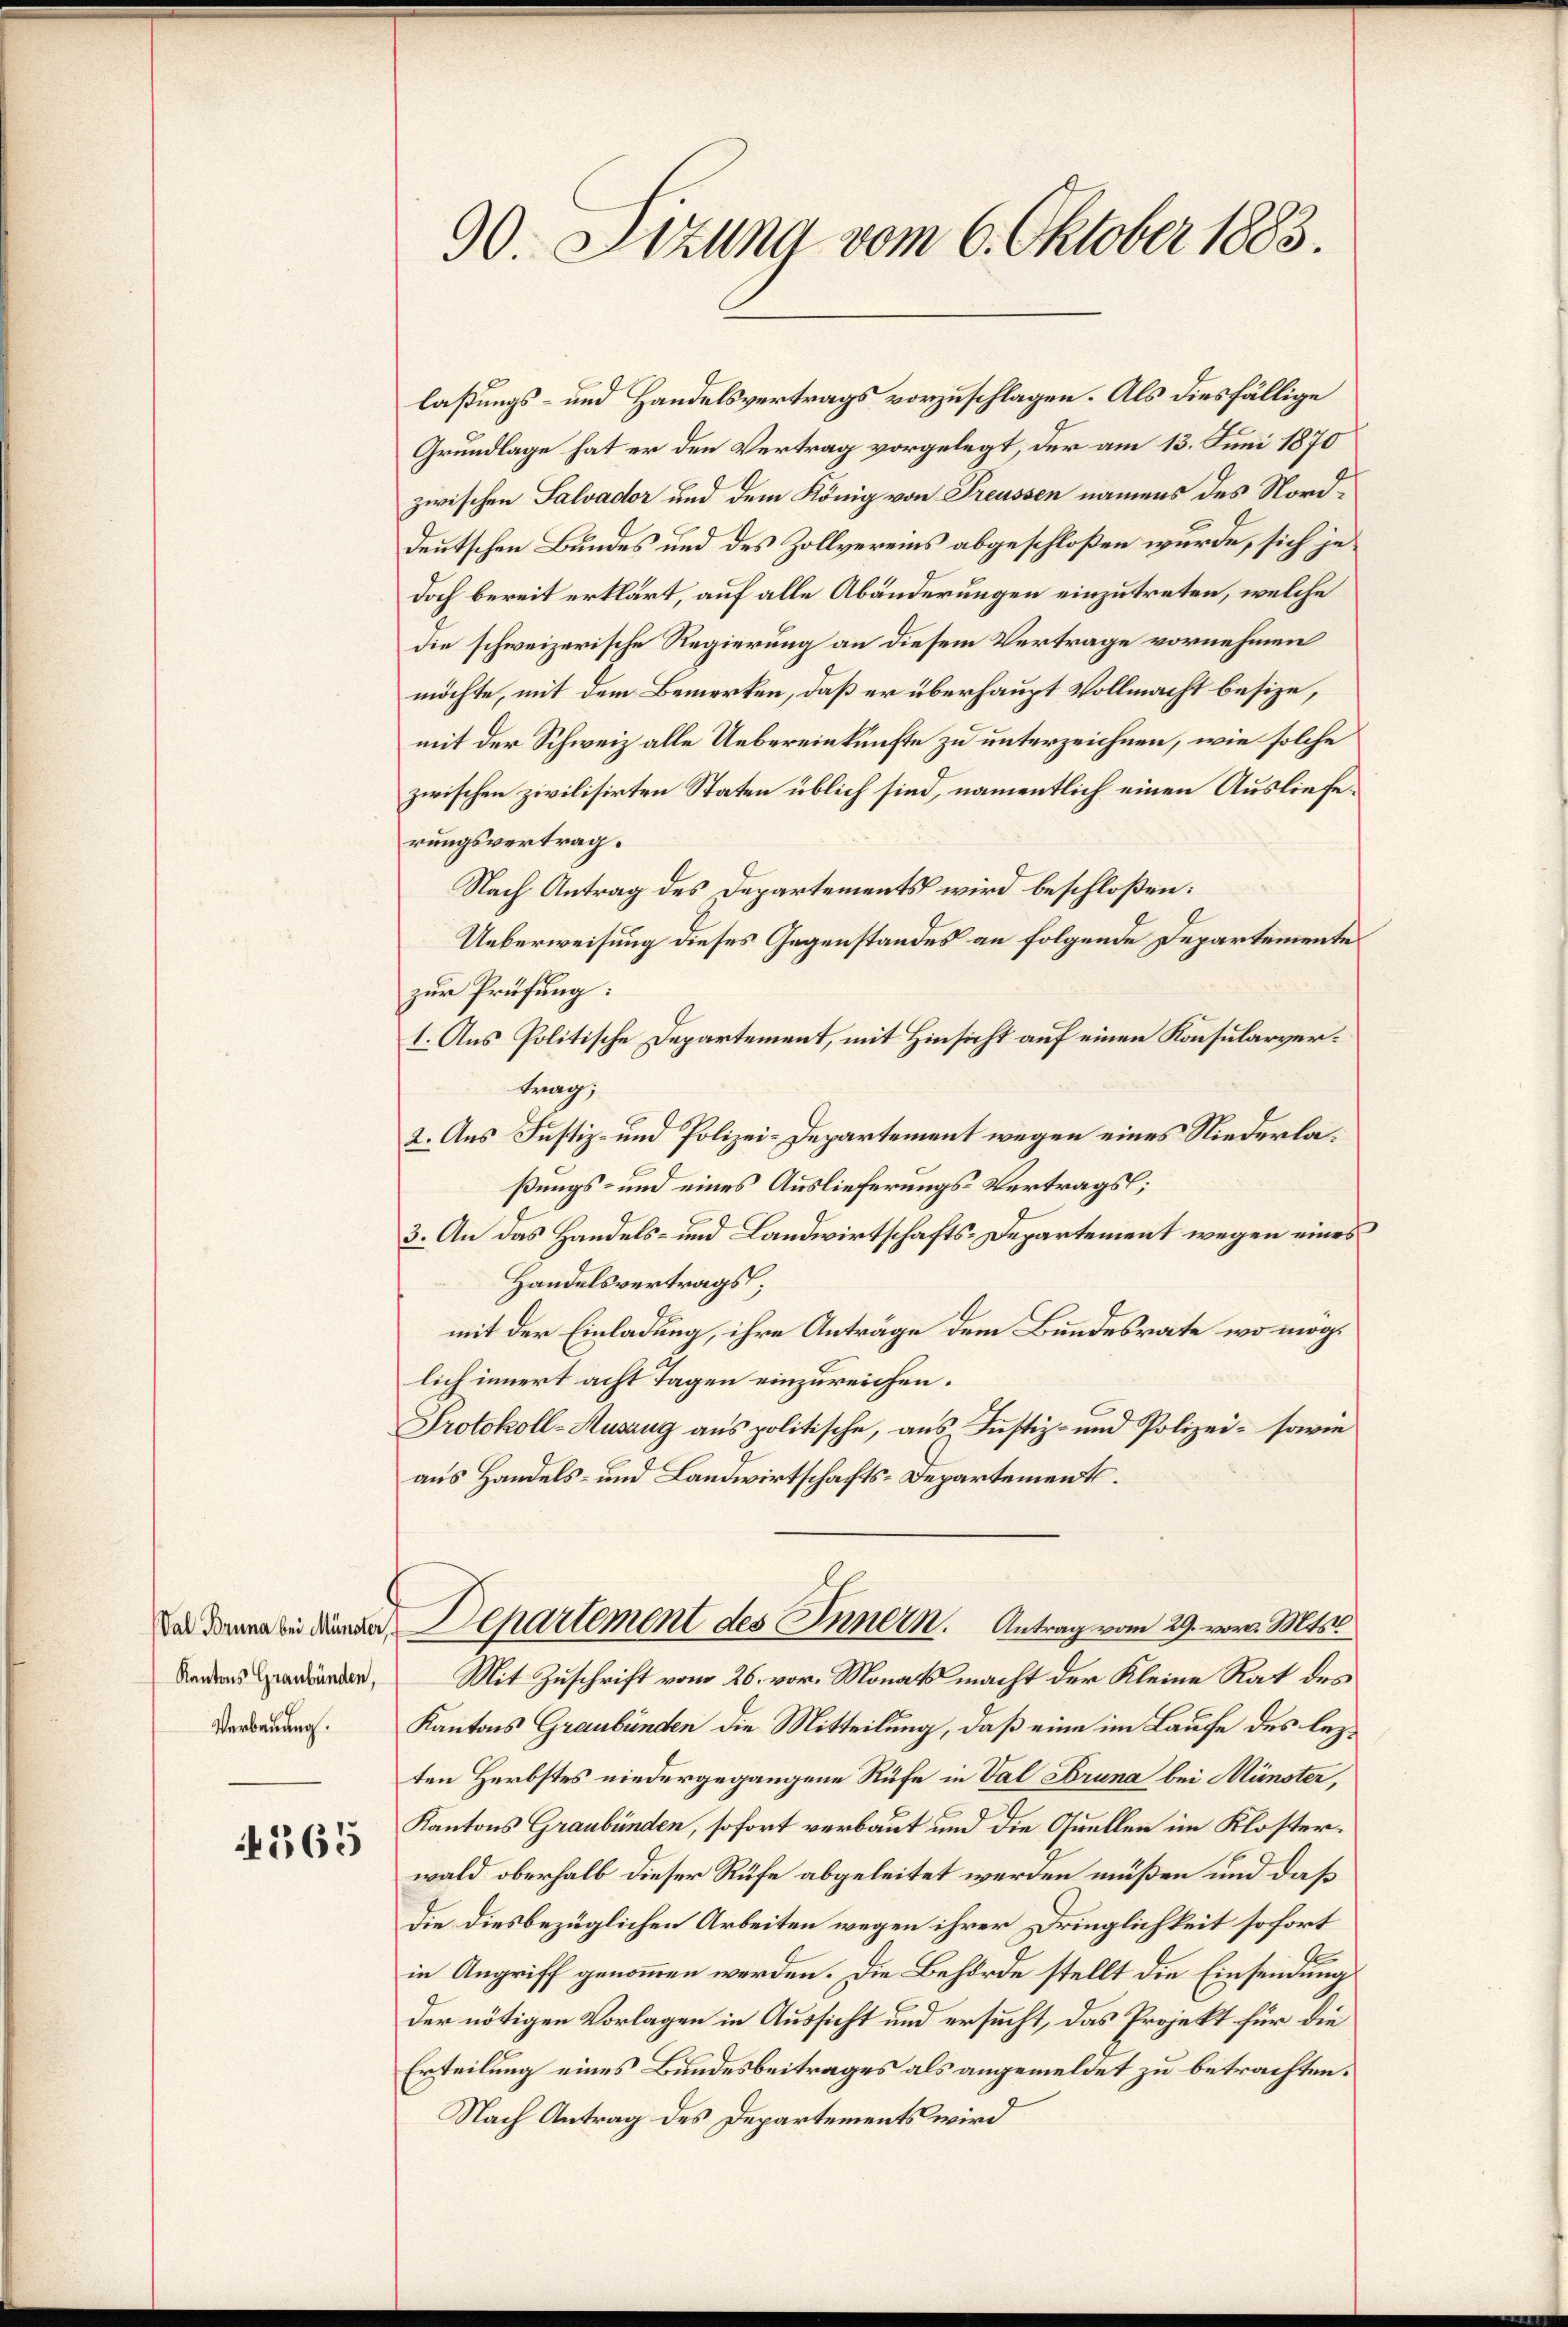
Kantons Graubünden,
Verbauung.

365

90. Dezung vom 6. Oktober 1883.

laßungs- und Handelsvertrags vorzuschlagen. Als diesfällige
Grundlage hat er den Vertrag vorgelegt, der am 13. Juni 1870
zwischen Salvador und dem König von Treussen namens des Norddeutschen Bundes und des Zollvereins abgeschloßen wurde, sich jedoch bereit erklärt, auf alle Abänderungen einzutreten, welche
die schweizerische Regierung an diesem Vertrage vornehmen
möchte, mit dem Bemerken, daß er überhaupt Vollmacht besize,
mit der Schweiz alle Uebereinkünfte zu unterzeichnen, wie solche
zwischen zivilisirten Staten üblich sind, namentlich einen Auslieferungsvertrag.
Nach Antrag des Departements wird beschloßen:
Ueberweisung dieses Gegenstandes an folgende Departemente
zur Prüfung:
1. Aus Politische Departement, mit Hinsicht auf einen Konsularvertrag,
2. Aus Justiz- und Polizei-Departement wegen eines Niederlaßungs- und eines Auslieferungs-Vertrags;
3. An das Handels- und Landwirtschafts-Departement wegen eines
Handelsvertrags;
mit der Einladung, ihre Anträge dem Bundesrate wo möglich innert acht Tagen einzureichen.
Protokoll-Auszug aus politische, aus, Justiz- und Polizei- sowie
aus Handels- und Landwirtschafts-Departement.
 Departement des Innern. Antrag vom 29. vor. Mts.
Mit Zuschrift vom 26. vor. Monats macht der Kleine Rat des
Kantons Graubünden die Mitteilung, daß eine im Laufe des lezten Herbstes niedergegangene Rufe in Val Bruna bei Münster,
Kantons Graubünden, sofort verbaut und die Quellen im Klosterwald oberhalb dieser Rufe abgeleitet werden müßen und daß
Die diesbezüglichen Arbeiten wegen ihrer Dringlichkeit sofort
in Angriff genommen werden. Die Behörde stellt die Einsendung
der nötigen Vorlagen in Aussicht und ersucht, das Projekt für die
Erteilung eines Bundesbeitrages als angemeldet zu betrachten.
Nach Antrag des Departements wird